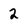
Character: 2